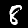
Label: 8